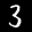
Label: 3